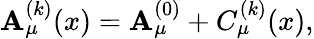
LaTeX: \mathbf{A}_{\mu}^{(k)}(x)=\mathbf{A}_{\mu}^{(0)}+C_{\mu}^{(k)}(x),